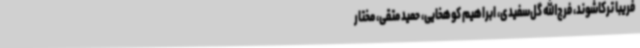
فریبا ترکاشوند، فرج‌الله گل‌سفیدی، ابراهیم کوهخایی، حمید متقی، مختار